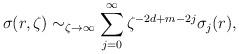
LaTeX: \begin{align*}\sigma(r,\zeta)\sim_{\zeta\to\infty}\sum_{j=0}^{\infty}\zeta^{-2d+m-2j}\sigma_{j}(r),\end{align*}